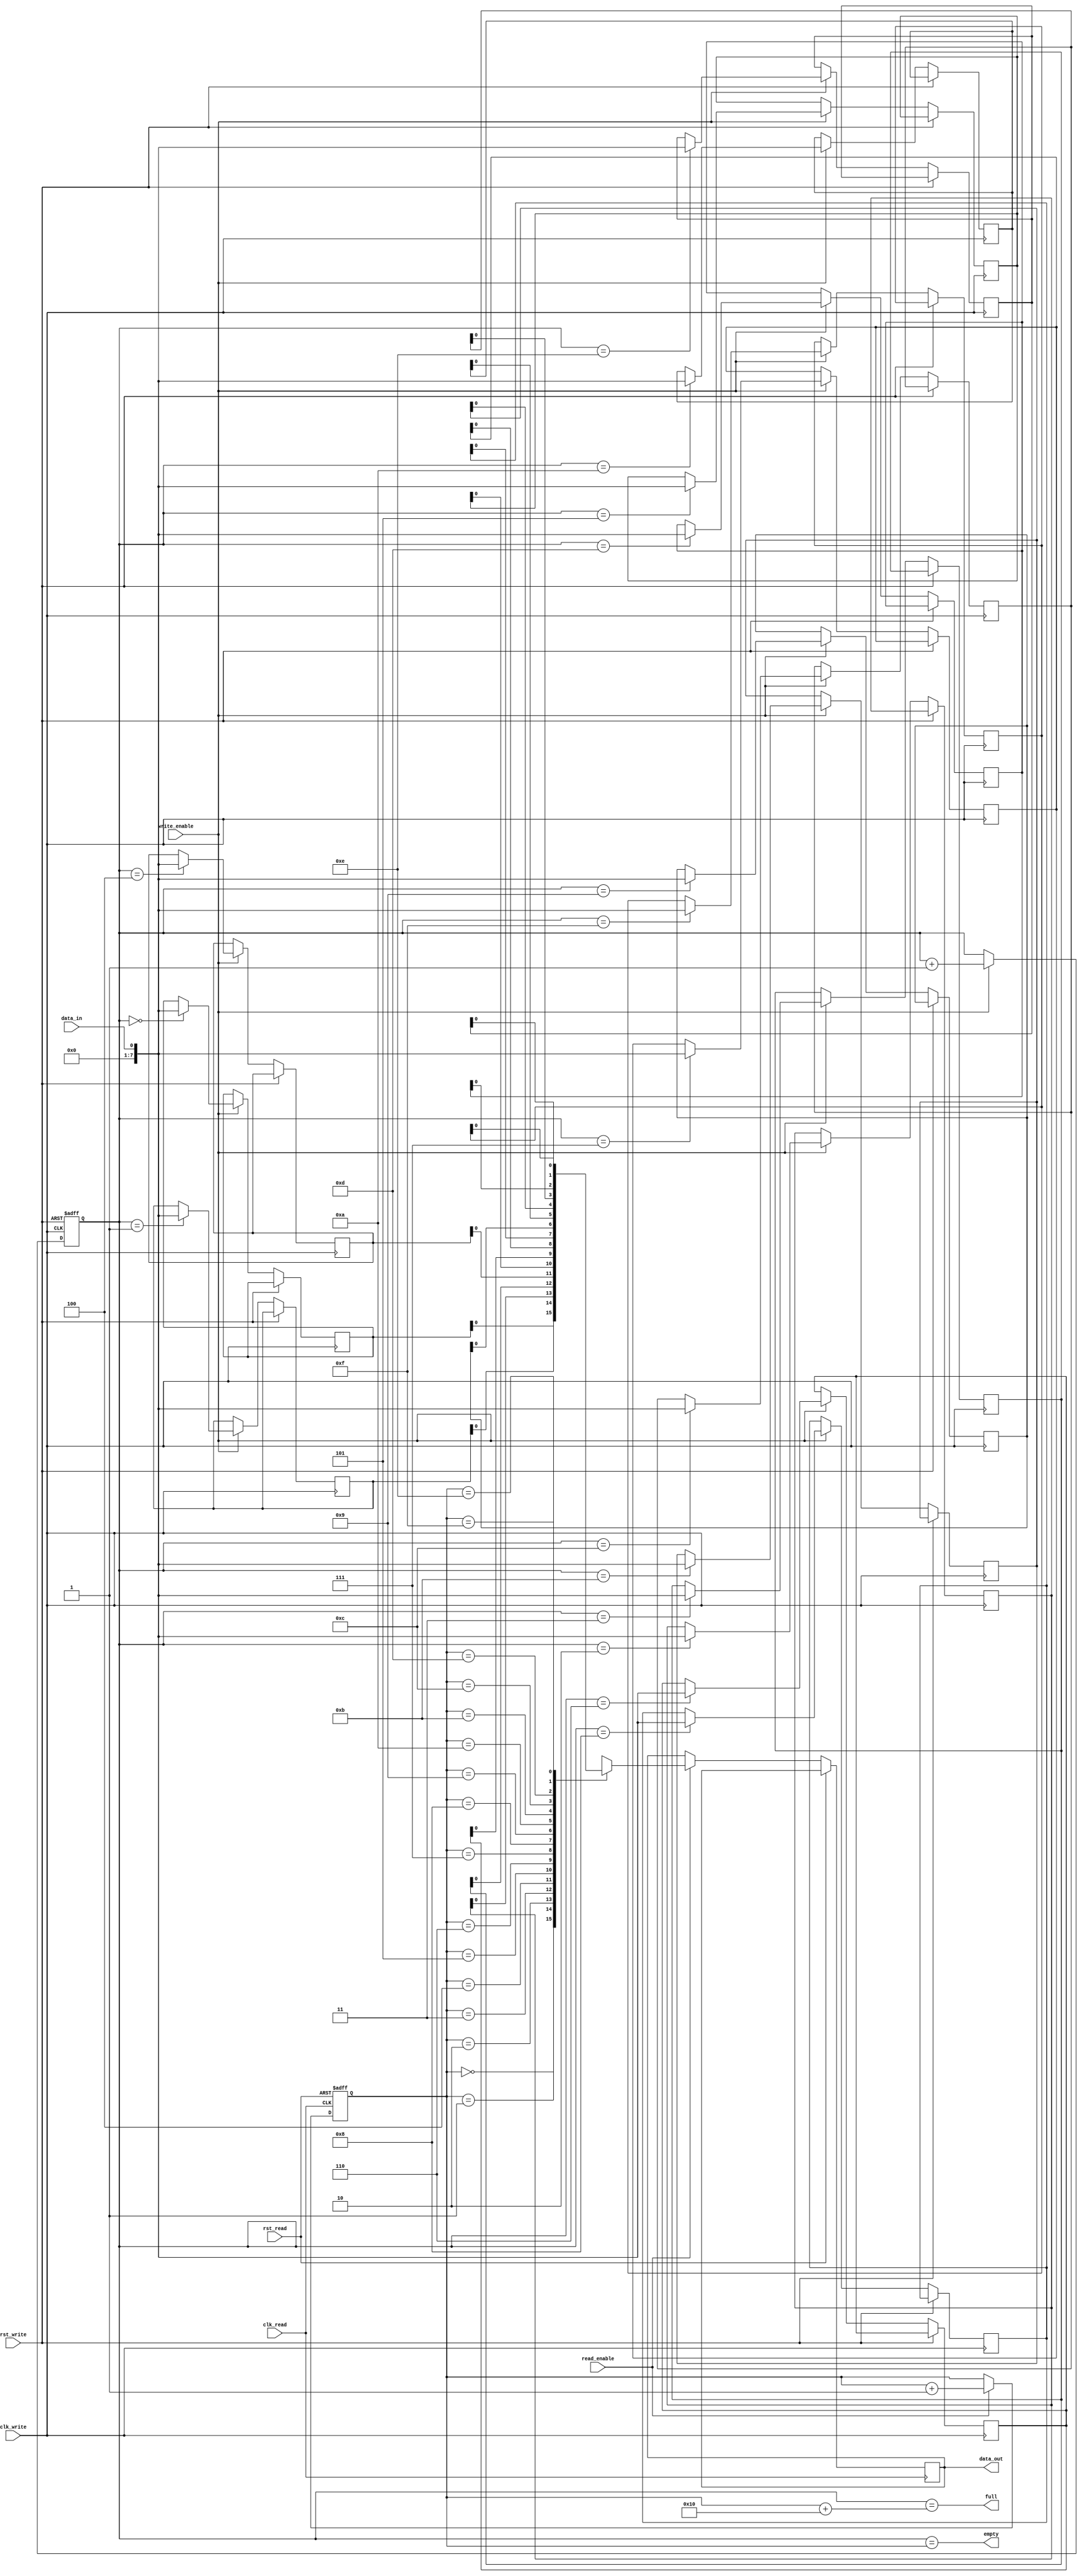
module Asynchronous_FIFO (
    input wire clk_write,
    input wire rst_write,
    input wire data_in,
    input wire write_enable,
    output wire full,

    input wire clk_read,
    input wire rst_read,
    output wire data_out,
    input wire read_enable,
    output wire empty
);

parameter DEPTH = 16;

reg [7:0] fifo [0:DEPTH-1];
reg [3:0] write_ptr, read_ptr;

always @(posedge clk_write or posedge rst_write) begin
    if (rst_write) begin
        write_ptr <= 4'b0;
    end else if (write_enable) begin
        fifo[write_ptr] <= data_in;
        write_ptr <= write_ptr + 1;
    end
end

always @(posedge clk_read or posedge rst_read) begin
    if (rst_read) begin
        read_ptr <= 4'b0;
    end else if (read_enable) begin
        data_out <= fifo[read_ptr];
        read_ptr <= read_ptr + 1;
    end
end

assign full = (write_ptr == read_ptr + DEPTH);
assign empty = (write_ptr == read_ptr);

endmodule